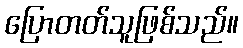
ပြောတတ်သူဖြစ်သည်။